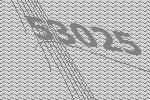
53025